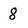
Character: 8